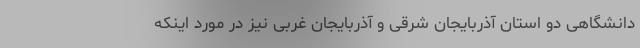
دانشگاهی دو استان آذربایجان شرقی و آذربایجان غربی نیز در مورد اینکه